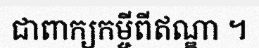
ជាពាក្យកម្ចីពីឥណ្ឌា ។